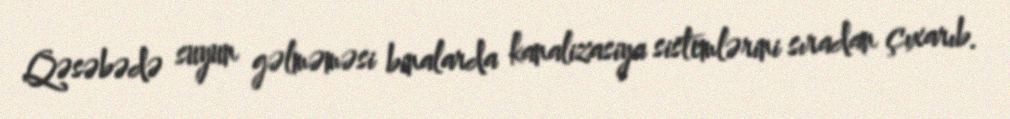
Qəsəbədə suyun gəlməməsi binalarda kanalizasiya sistemlərini sıradan çıxarıb.